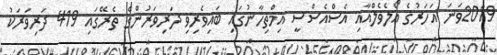
2019ވަނަ އަހަރުގެ އޯލެވެލްއާއި އެސްއެސްސީ އިމްތިހާނުގައި ބައިވެރިވި ދަރިވަރުންގެ ތެރޭގައި 419 ދަރިވަރަކު